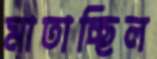
মাতাচ্ছিল